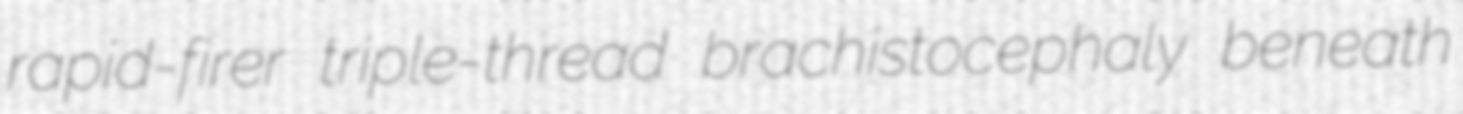
rapid-firer triple-thread brachistocephaly beneath